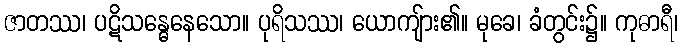
ဇာတဿ၊ ပဋိသန္ဓေနေသော။ ပုရိသဿ၊ ယောကျ်ား၏။ မုခေ၊ ခံတွင်း၌။ ကုဓာရီ၊